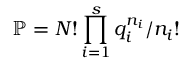
\mathbb { P } = N ! \prod _ { i = 1 } ^ { s } { q _ { i } ^ { n _ { i } } } / { n _ { i } ! }